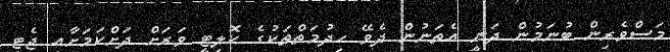
މަސްވެރިން ބުނަމުން ދަނީ އެތަނުން ދެވޭ ހިދުމަތްތަކުގެ ކޮލިޓީ ވަރަށް ދަށްކަމަށާއި ޖެޓި